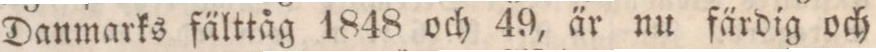
Danmarks fälttåg 1848 och 49, är nu färdig och